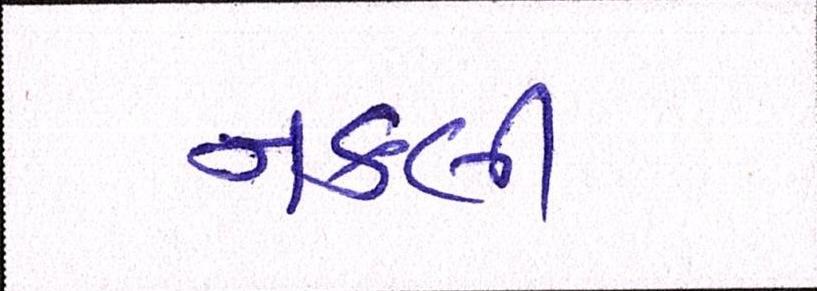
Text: નકલી